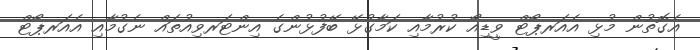
އެގޮތުން މުޅި އެއަރޕޯޓް ވީޑިއޯ ކުރުމާއި ކަމާގުޅޭ ބޭފުޅުންގެ އިންޓަރވިއުތައް ނެގުމާއި އެއަރޕޯޓް